Vaccination in the Punjab 1919-1929 - 1919-1929
Year: 1919
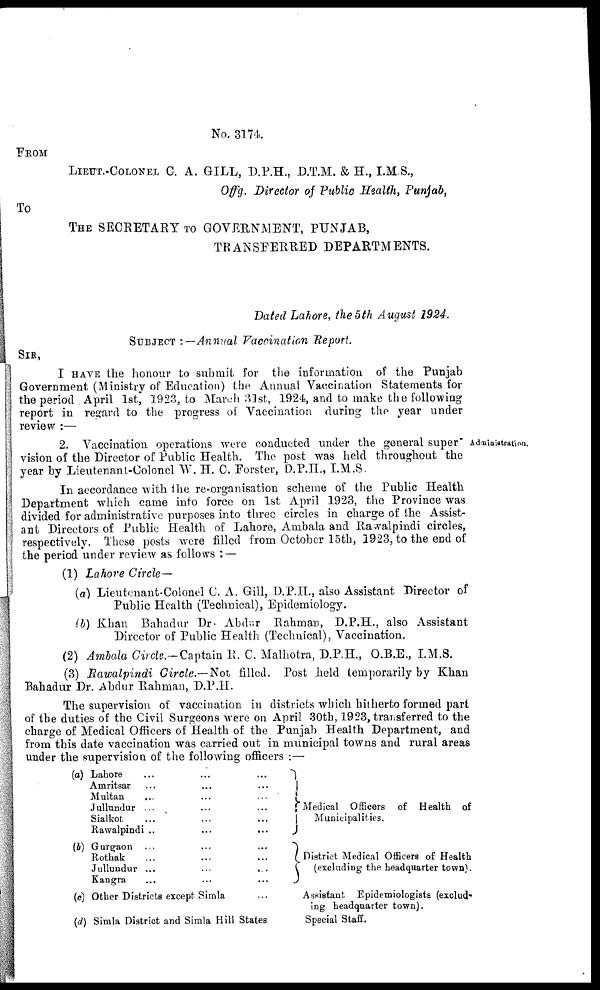
No. 3174.
FROM
LIEUT.-COLONEL C. A, GILL, D.P.H., D.T.M. & H., I.M.S.,
Offg. Director of Public Health, Punjab,
To
THE SECRETARY TO GOVERNMENT, PUNJAB,
TRANSFERRED DEPARTMENTS.
Dated Lahore, the5th August 1924.
SUBJECT :—Annual Vaccination Report.
SIR,
I HAVE the honour to submit for the information of the Punjab
Government (Ministry of Education) the Annual Vaccination Statements for
the period April 1st, 1923, to March 31st, 1924, and to make the following
report in regard to the progress of Vaccination during the year under
review :—
Administration.
2. Vaccination operations were conducted under the general super-
vision of the Director of Public Health. The post was held throughout the
year by Lieutenant-Colonel W. H. C. Forster, D.P.H., I.M.S.
In accordance with the re-organisation scheme of the Public Health
Department which came into force on 1st April 1923, the Province was
divided for administrative purposes into three circles in charge of the Assist-
ant Directors of Public Health of Lahore, Ambala and Rawalpindi circles,
respectively. These posts were filled from October 15th, 1923, to the end of
the period under review as follows : —
(1) Lahore Circle —
(a) Lieutenant-Colonel C. A. Gill, D.P.H., also Assistant Director of
Public Health (Technical), Epidemiology.
(b) Khan Bahadur Dr. Abdur Rahman, D.P.H., also Assistant
Director of Public Health (Technical), Vaccination.
(2) Ambala Circle.— Captain R. C. Malhotra, D.P.H., O.B.E., I.M.S.
(3) Rawalpindi Circle.—Not filled. Post held temporarily by Khan
Bahadur Dr. Abdur Rahman, D.P.H.
The supervision of vaccination in districts which hitherto formed part
of the duties of the Civil Surgeons were on April 30th, 1923, transferred to the
charge of Medical Officers of Health of the Punjab Health Department, and
from this date vaccination was carried out in municipal towns and rural areas
under the supervision of the following officers :—
(a) Lahore ... ... ...
Amritsar ... ... ...
Multan ... ... ...
Jullundur ... ... ...
Sialkot ... ... ...
Rawalpindi ..
...
...
(6) Gurgaon ... ... ...
Rothak ... ... ...
Jullundur ...
...
...
Kangra ... ... ...
(c) Other Districts except Simla ...
(d) Simla District and Simla Hill States
Medical Officers of Health of Municipalities.
District Medical Officers of Health
(excluding the headquarter town).
Assistant Epidemiologists (exclud¬
ing headquarter town).
Special Staff.